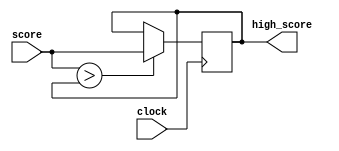
module high_score_tracker(clock, score, high_score);
	output reg [7:0] high_score;
	input clock;
	input [7:0] score;
	
	always @(posedge clock)
	begin
		if (score > high_score)
		begin
			high_score <= score;
		end
	end
endmodule